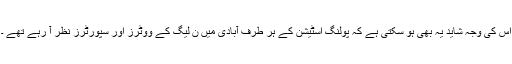
اس کی وجہ شاید یہ بھی ہو سکتی ہے کہ پولنگ اسٹیشن کے ہر طرف آبادی میں ن لیگ کے ووٹرز اور سپورٹرز نظر آ رہے تھے ۔